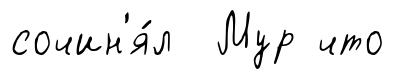
сочин'я́л Мур что